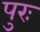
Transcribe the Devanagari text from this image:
पुरः